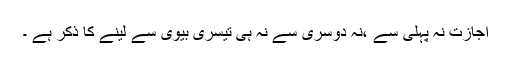
اجازت نہ پہلی سے ،نہ دوسری سے نہ ہی تیسری بیوی سے لینے کا ذکر ہے ۔